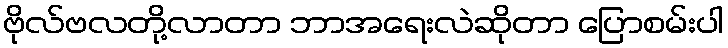
ဗိုလ်ဗလတို့လာတာ ဘာအရေးလဲဆိုတာ ပြောစမ်းပါ